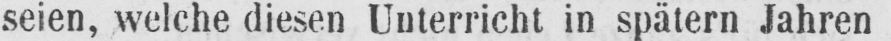
seien, welche diesen Unterricht in spätem Jahren